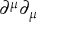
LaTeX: \partial ^ { \mu } \partial _ { \mu }